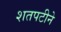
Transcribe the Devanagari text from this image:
शतपटीने